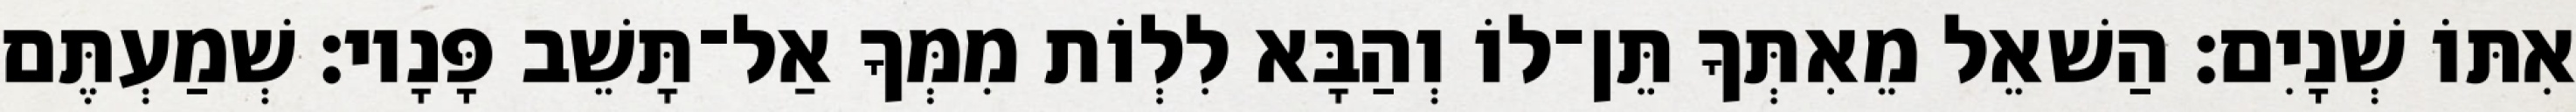
אִתּוֹ שְׁנָיִם׃ הַשׁאֵל מֵאִתְּךָ תֵּן־לוֹ וְהַבָּא לִלְוֹת מִמְּךָ אַל־תָּשֵׁב פָּנָיו׃ שְׁמַעְתֶּם